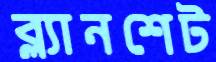
ব্ল্যানশেট